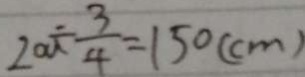
2 0 0 \div \frac { 3 } { 4 } = 1 5 0 ( c m )